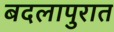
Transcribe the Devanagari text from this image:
बदलापुरात